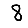
Digit: 8